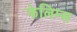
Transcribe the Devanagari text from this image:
फेलिम्स